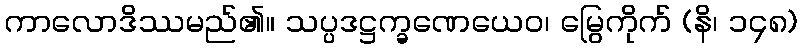
ကာလောဒိဿမည်၏။ သပ္ပဒဋ္ဌက္ခဏေယေဝ၊ မြွေကိုက် (နိ၊ ၁၄၈)